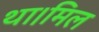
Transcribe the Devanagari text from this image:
था।मिल